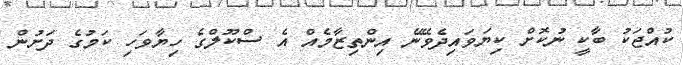
ކުއްޖަކު ބާކީ ނުކޮށް ކިޔަވައިދެވޭނޭ އިންތިޒާމެއް އެ ސްކޫލްގެ ހިޔާވަހި ކަމުގެ ދަށުން